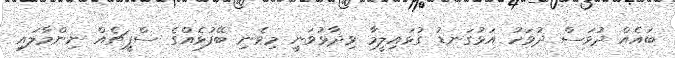
ބައެއް ދުވަސް ދުވަހު އަޅުގަނޑު ގުޅައިލީމާ ވިދާޅުވަނީ މިވެނި ބޭފުޅެއްގެ ސްޕީޗެއް ނިންމާލައި